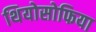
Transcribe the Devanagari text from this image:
थियोसोफिया